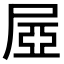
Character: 𡱻